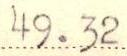
49.32